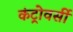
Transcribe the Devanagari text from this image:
कंट्रोवर्सी